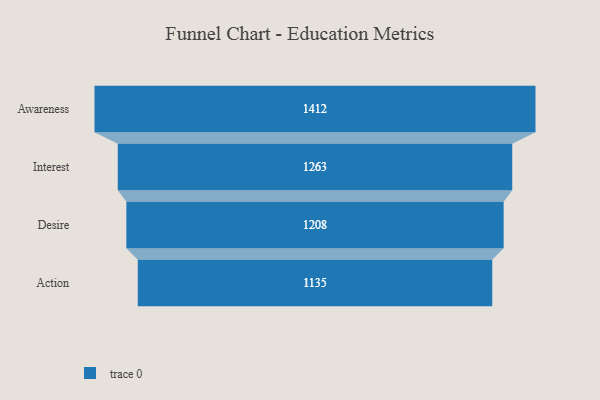
{"axis": {"x": "Stage", "y": "Value"}, "legend": [""], "data": [{"x": "Awareness", "y": 1412.0, "type": ""}, {"x": "Interest", "y": 1263.0, "type": ""}, {"x": "Desire", "y": 1208.0, "type": ""}, {"x": "Action", "y": 1135.0, "type": ""}]}